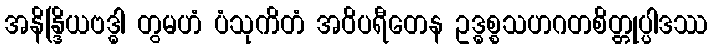
အနိန္ဒြိယဗဒ္ဓါ တွမဟံ ပံသုကိတံ အဝိပရီတေန ဥဒ္ဓစ္စသဟဂတစိတ္တုပ္ပါဒဿ